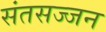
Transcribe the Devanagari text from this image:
संतसज्जन